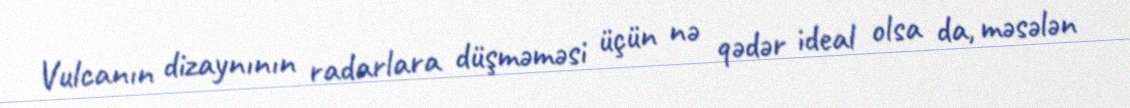
Vulcanın dizaynının radarlara düşməməsi üçün nə qədər ideal olsa da, məsələn